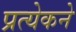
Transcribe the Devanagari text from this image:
प्रत्येकने